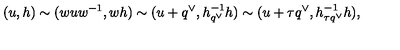
( u , h ) \sim ( w u w ^ { - 1 } , w h ) \sim ( u + q ^ { \vee } , h _ { q ^ { \vee } } ^ { - 1 } h ) \sim ( u + \tau q ^ { \vee } , h _ { \tau q ^ { \vee } } ^ { - 1 } h ) ,